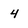
Character: 4